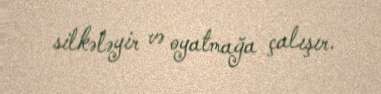
silkələyir və oyatmağa çalışır.